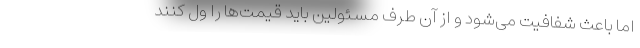
اما باعث شفافیت می‌شود و از آن طرف مسئولین باید قیمت‌ها را ول کنند